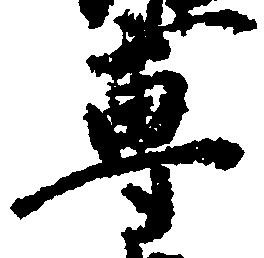
専